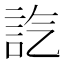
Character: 𧥷